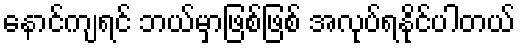
နောင်ကျရင် ဘယ်မှာဖြစ်ဖြစ် အလုပ်ရနိုင်ပါတယ်